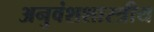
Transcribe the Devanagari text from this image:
अनुवंशशास्त्रीय